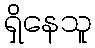
ရှိနေသူ